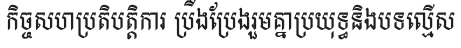
កិច្ចសហប្រតិបត្តិការ ប្រឹងប្រែងរួមគ្នាប្រយុទ្ធនិងបទល្មើស